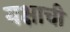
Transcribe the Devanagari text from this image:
यक्षाची